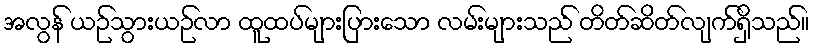
အလွန် ယဉ်သွားယဉ်လာ ထူထပ်များပြားသော လမ်းများသည် တိတ်ဆိတ်လျက်ရှိသည်။